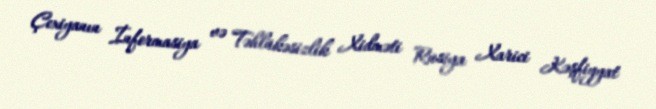
Çexiyanın İnformasiya və Təhlükəsizlik Xidməti Rusiya Xarici Kəşfiyyat